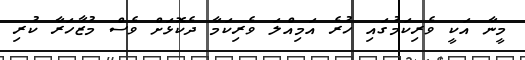
މީނާ އަކީ ވެރިކަމުގައި ހުރެ އަމިއްލަ ވެރިކަމާ ދެކޮޅަށް ވެސް މުޒާހަރާ ކުރި